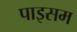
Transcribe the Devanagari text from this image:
पाइसम